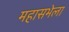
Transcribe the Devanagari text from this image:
महासभेला